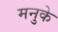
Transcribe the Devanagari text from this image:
मनुके